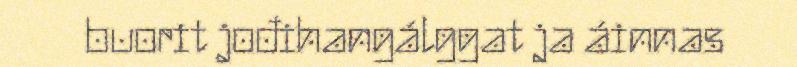
buorit jođihangálggat ja áinnas